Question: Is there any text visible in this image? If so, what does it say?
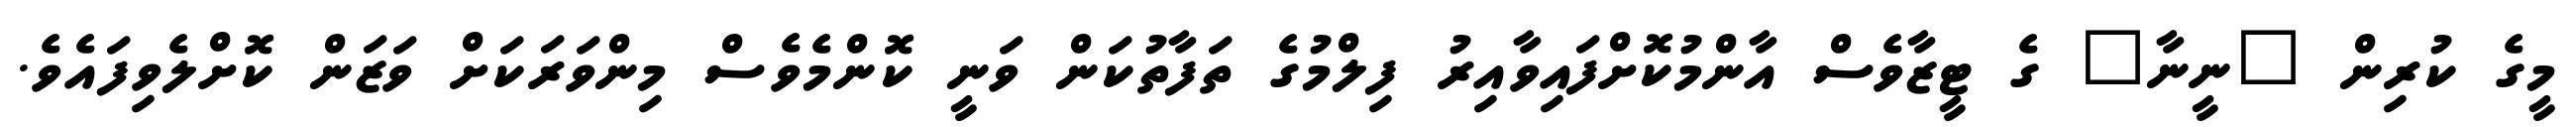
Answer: މީގެ ކުރިން "ނީނާ" ގެ ޓީޒާވެސް އާންމުކޮށްފައިވާއިރު ފިލްމުގެ ތަފާތުކަން ވަނީ ކޮންމެވެސް މިންވަރަކަށް ވަޒަން ކޮށްލެވިފައެވެ.